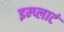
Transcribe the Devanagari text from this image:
इम्प्लाटं